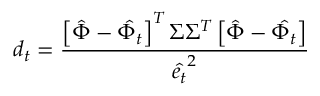
d _ { t } = \frac { \left[ \hat { \Phi } - \hat { \Phi _ { t } } \right] ^ { T } \Sigma \Sigma ^ { T } \left[ \hat { \Phi } - \hat { \Phi _ { t } } \right] } { \hat { e _ { t } } ^ { 2 } }